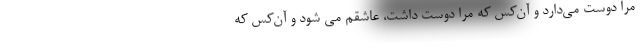
مرا دوست می‌دارد و آن‌کس که مرا دوست داشت، عاشقم می شود و آن‌کس که